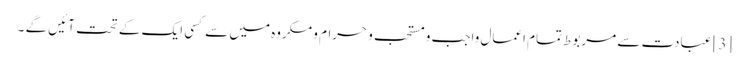
[3] عبادت سے مربوط تمام اعمال واجب و مستحب و حرام و مکروه میں سے کسی ایک کے تحت آئیں گے ۔